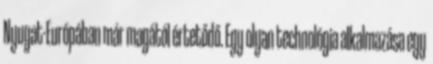
Nyugat-Európában már magától értetődő. Egy olyan technológia alkalmazása egy